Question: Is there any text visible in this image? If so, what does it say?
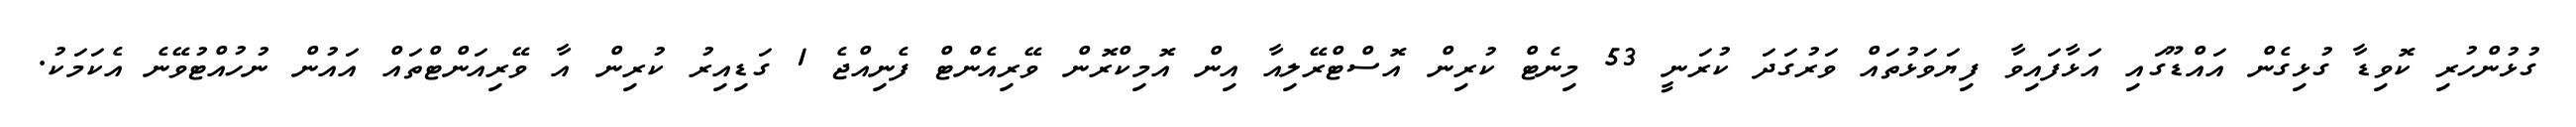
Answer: ގުޅުންހުރި ކޮވިޑާ ގުޅިގެން އައްޑޫގައި އަޅާފައިވާ ފިޔަވަޅުތައް ވަރުގަދަ ކުރަނީ 53 މިނެޓް ކުރިން އޮސްޓްރޭލިއާ އިން އޮމިކްރޮން ވޭރިއެންޓް ފެނިއްޖެ 1 ގަޑިއިރު ކުރިން އާ ވޭރިއަންޓްތައް އައުން ނުހުއްޓުވޭނެ އެކަމަކު.